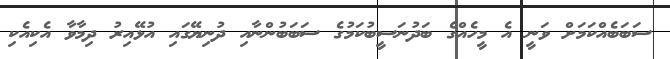
ސަބަބެއްކަމަށް ވަނީ އެ މީހެއްގެ ބަދުނަސީބުކަމުގެ ސަބަބުންނާއި ދުނިޔޭގައި އުޅޭއިރު ދިމާވާ އެކިއެކި